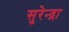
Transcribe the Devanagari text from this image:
सुरेन्द्रा